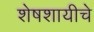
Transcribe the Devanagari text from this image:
शेषशायीचे